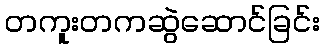
တကူးတကဆွဲဆောင်ခြင်း